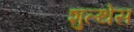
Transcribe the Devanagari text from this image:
शुल्थेस